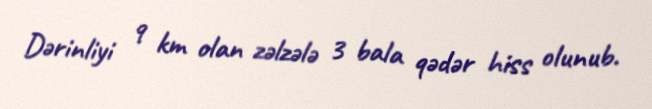
Dərinliyi 9 km olan zəlzələ 3 bala qədər hiss olunub.